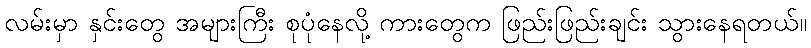
လမ်းမှာ နှင်းတွေ အများကြီး စုပုံနေလို့ ကားတွေက ဖြည်းဖြည်းချင်း သွားနေရတယ်။